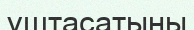
ұштасатыны